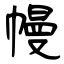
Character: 幔